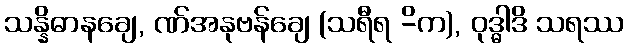
သန္နိဓာနချေ, ဏ်အနုဗန်ချေ (သရီရ -ိက), ဝုဒ္ဓါဒိ သရဿ